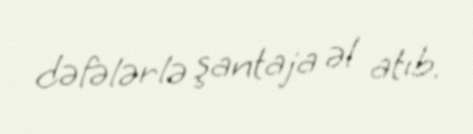
dəfələrlə şantaja əl atıb.